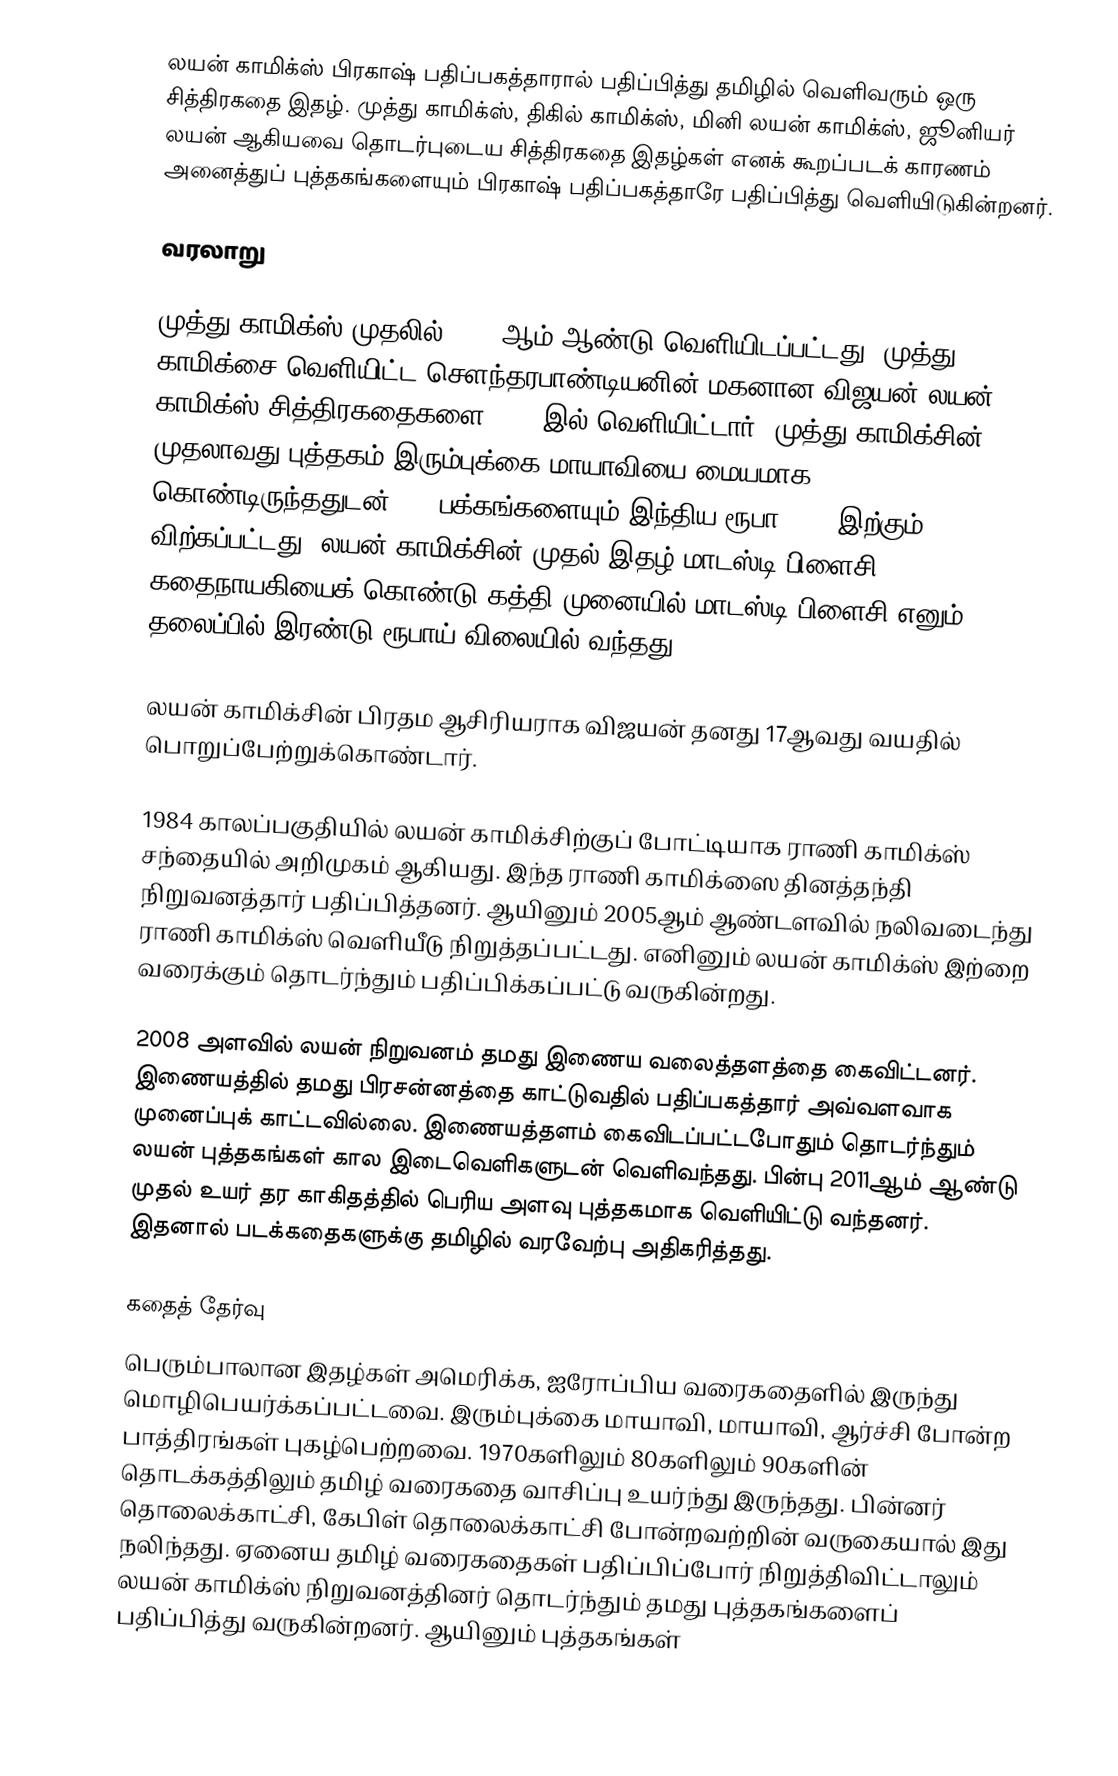
லயன் காமிக்ஸ் பிரகாஷ் பதிப்பகத்தாரால் பதிப்பித்து தமிழில் வெளிவரும் ஒரு சித்திரகதை இதழ். முத்து காமிக்ஸ், திகில் காமிக்ஸ், மினி லயன் காமிக்ஸ், ஜூனியர் லயன் ஆகியவை தொடர்புடைய சித்திரகதை இதழ்கள் எனக் கூறப்படக் காரணம் அனைத்துப் புத்தகங்களையும் பிரகாஷ் பதிப்பகத்தாரே பதிப்பித்து வெளியிடுகின்றனர்.

வரலாறு

முத்து காமிக்ஸ் முதலில் 1971-ஆம் ஆண்டு வெளியிடப்பட்டது. முத்து காமிக்சை வெளியிட்ட சௌந்தரபாண்டியனின் மகனான விஜயன் லயன் காமிக்ஸ் சித்திரகதைகளை 1984 இல் வெளியிட்டார். முத்து காமிக்சின் முதலாவது புத்தகம் இரும்புக்கை மாயாவியை மையமாக கொண்டிருந்ததுடன் 128 பக்கங்களையும் இந்திய ரூபா 0.90 இற்கும் விற்கப்பட்டது. லயன் காமிக்சின் முதல் இதழ் மாடஸ்டி பிளைசி கதைநாயகியைக் கொண்டு கத்தி முனையில் மாடஸ்டி பிளைசி எனும் தலைப்பில் இரண்டு ரூபாய் விலையில்  வந்தது.

லயன் காமிக்சின் பிரதம ஆசிரியராக விஜயன் தனது 17ஆவது வயதில் பொறுப்பேற்றுக்கொண்டார்.

1984 காலப்பகுதியில் லயன் காமிக்சிற்குப் போட்டியாக ராணி காமிக்ஸ் சந்தையில் அறிமுகம் ஆகியது. இந்த ராணி காமிக்ஸை தினத்தந்தி நிறுவனத்தார் பதிப்பித்தனர். ஆயினும் 2005ஆம் ஆண்டளவில் நலிவடைந்து ராணி காமிக்ஸ் வெளியீடு நிறுத்தப்பட்டது. எனினும் லயன் காமிக்ஸ் இற்றை வரைக்கும் தொடர்ந்தும் பதிப்பிக்கப்பட்டு வருகின்றது.

2008 அளவில் லயன் நிறுவனம் தமது இணைய வலைத்தளத்தை கைவிட்டனர். இணையத்தில் தமது பிரசன்னத்தை காட்டுவதில் பதிப்பகத்தார் அவ்வளவாக முனைப்புக் காட்டவில்லை. இணையத்தளம் கைவிடப்பட்டபோதும் தொடர்ந்தும் லயன் புத்தகங்கள் கால இடைவெளிகளுடன் வெளிவந்தது. பின்பு 2011ஆம் ஆண்டு முதல் உயர் தர காகிதத்தில் பெரிய அளவு புத்தகமாக வெளியிட்டு வந்தனர். இதனால் படக்கதைகளுக்கு தமிழில் வரவேற்பு அதிகரித்தது.

கதைத் தேர்வு
பெரும்பாலான இதழ்கள் அமெரிக்க, ஐரோப்பிய வரைகதைளில் இருந்து மொழிபெயர்க்கப்பட்டவை.  இரும்புக்கை மாயாவி, மாயாவி, ஆர்ச்சி போன்ற பாத்திரங்கள் புகழ்பெற்றவை. 1970களிலும் 80களிலும் 90களின் தொடக்கத்திலும் தமிழ் வரைகதை வாசிப்பு உயர்ந்து இருந்தது. பின்னர் தொலைக்காட்சி, கேபிள் தொலைக்காட்சி போன்றவற்றின் வருகையால் இது நலிந்தது. ஏனைய தமிழ் வரைகதைகள் பதிப்பிப்போர் நிறுத்திவிட்டாலும் லயன் காமிக்ஸ் நிறுவனத்தினர் தொடர்ந்தும் தமது புத்தகங்களைப் பதிப்பித்து வருகின்றனர். ஆயினும் புத்தகங்கள்